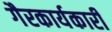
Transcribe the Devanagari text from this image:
गैरकार्यकारी